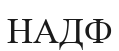
НАДФ